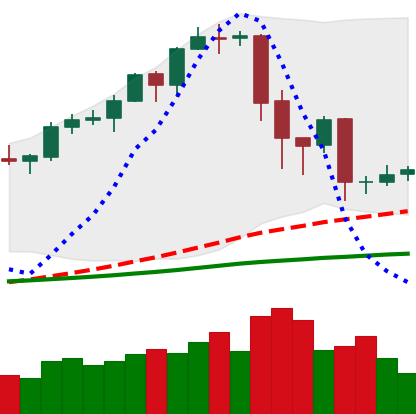
Ticker: EOS-USD
Chart end date: 2020-02-22
Forward return: -12.616%
Label: down_7plus